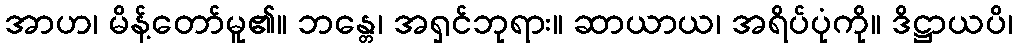
အာဟ၊ မိန့်တော်မူ၏။ ဘန္တေ၊ အရှင်ဘုရား။ ဆာယာယ၊ အရိပ်ပုံကို။ ဒိဋ္ဌာယပိ၊